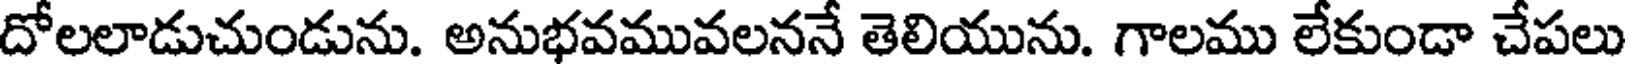
దోలలాడుచుండును. అనుభవమువలననే తెలియును. గాలము లేకుండా చేపలు